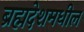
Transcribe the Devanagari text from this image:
ब्रह्मदेशमधील